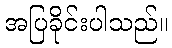
အပြခိုင်းပါသည်။